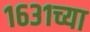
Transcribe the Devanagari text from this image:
१६३१च्या